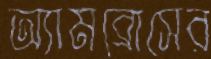
অ্যামব্রোসের